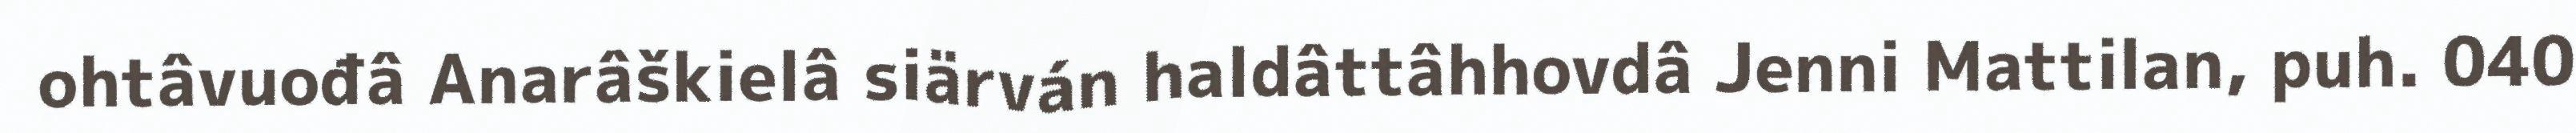
ohtâvuođâ Anarâškielâ siärván haldâttâhhovdâ Jenni Mattilan, puh. 040